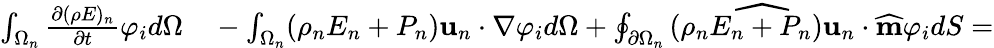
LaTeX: \begin{array}{rl}{\int_{\Omega_{n}}\frac{\partial(\rho E)_{n}}{\partial t}\varphi_{i}d\Omega}&{{}-\int_{\Omega_{n}}(\rho_{n}E_{n}+P_{n})\textbf{u}_{n}\cdot\nabla\varphi_{i}d\Omega+\oint_{\partial\Omega_{n}}\widehat{(\rho_{n}E_{n}+P_{n})\textbf{u}_{n}}\cdot\widehat{\textbf{m}}\varphi_{i}dS=}\end{array}